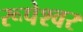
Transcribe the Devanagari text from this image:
रूपेश्वर